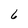
Character: 6